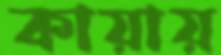
কায়ায়